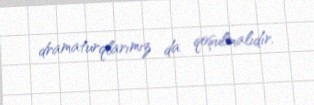
dramaturqlarımız da qoşulmalıdır.